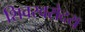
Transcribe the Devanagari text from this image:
शिवस्वरोदय